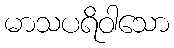
မာသပရိဝါသော